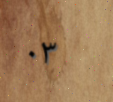
٠٣